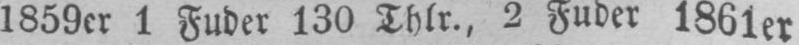
1 Fuder 130 Thlr., 2 Fuder 1861er